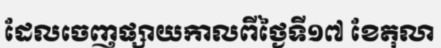
ដែលចេញផ្សាយកាលពីថ្ងៃទី១៧ ខែតុលា